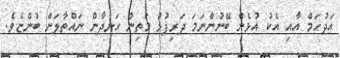
އަދުހަމް އާއި އެކު އުޅެން ބޭނުންނަމަ ދަރިފުޅު މަތިން ހަނދާން ނައްތާލަން ބުންޏެވެ.